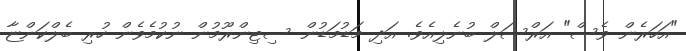
"އަހަރެން ވެސް" އަރްސަލް ބުނެލިއެވެ. އަދި މަޑުމަޑުން ސިޓިންރޫމުން ނުކުމެވެން ހުރި ބެލްކަންޏާ